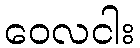
ဝေလငါး